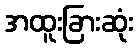
အထူးခြားဆုံး